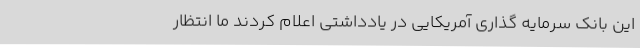
این بانک سرمایه گذاری آمریکایی در یادداشتی اعلام کردند ما انتظار